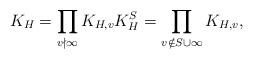
LaTeX: \begin{align*}K_H=\prod_{v \nmid \infty} K_{H,v} K_H^S=\prod_{v \notin S\cup\infty} K_{H,v},\end{align*}